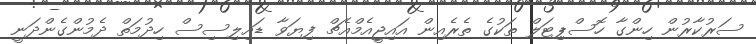
ސަރުކާރުން ހިންގާ ހޮސްޕިޓަލް ތަކުގެ ތެރެއިން އައިޖީއެމްއެޗް ފިޔަވާ ޑައިލިސިސް ހިދުމަތް ދެމުންގެންދަނީ